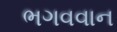
ભગવવાન